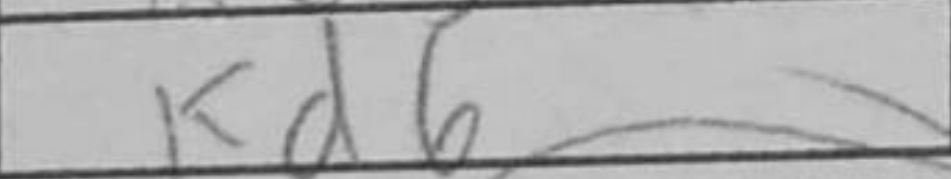
Transcription: Kd6